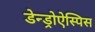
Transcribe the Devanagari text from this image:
डेन्ड्रोऐस्पिस